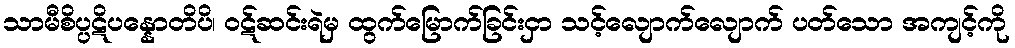
သာမီစိပ္ပဋိပန္နောတိပိ၊ ဝဋ်ဆင်းရဲမှ ထွက်မြောက်ခြင်းငှာ သင့်လျောက်လျောက် ပတ်သော အကျင့်ကို